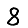
Digit: 8